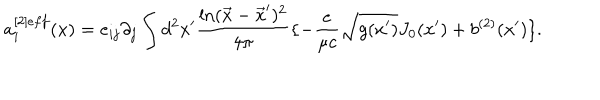
LaTeX: a _ { i } ^ { [ 2 ] e f f } ( x ) = e _ { i j } \partial _ { j } \int d ^ { 2 } x ^ { \prime } { \frac { \ln ( \vec { x } - \vec { x } ^ { \prime } ) ^ { 2 } } { 4 \pi } } \{ - { \frac { e } { \mu c } } \sqrt { g ( x ^ { \prime } ) } J _ { 0 } ( x ^ { \prime } ) + b ^ { ( 2 ) } ( x ^ { \prime } ) \} .